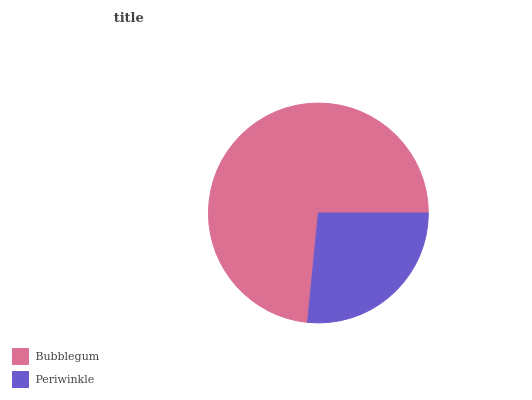
| Bubblegum | Periwinkle |
 | --- | --- |
 | 73.4% | 26.6% |